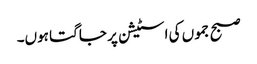
صبح جموں کی اسٹیشن پر جاگتا ہوں۔